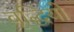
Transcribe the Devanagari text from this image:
वृद्धियो